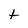
Character: t